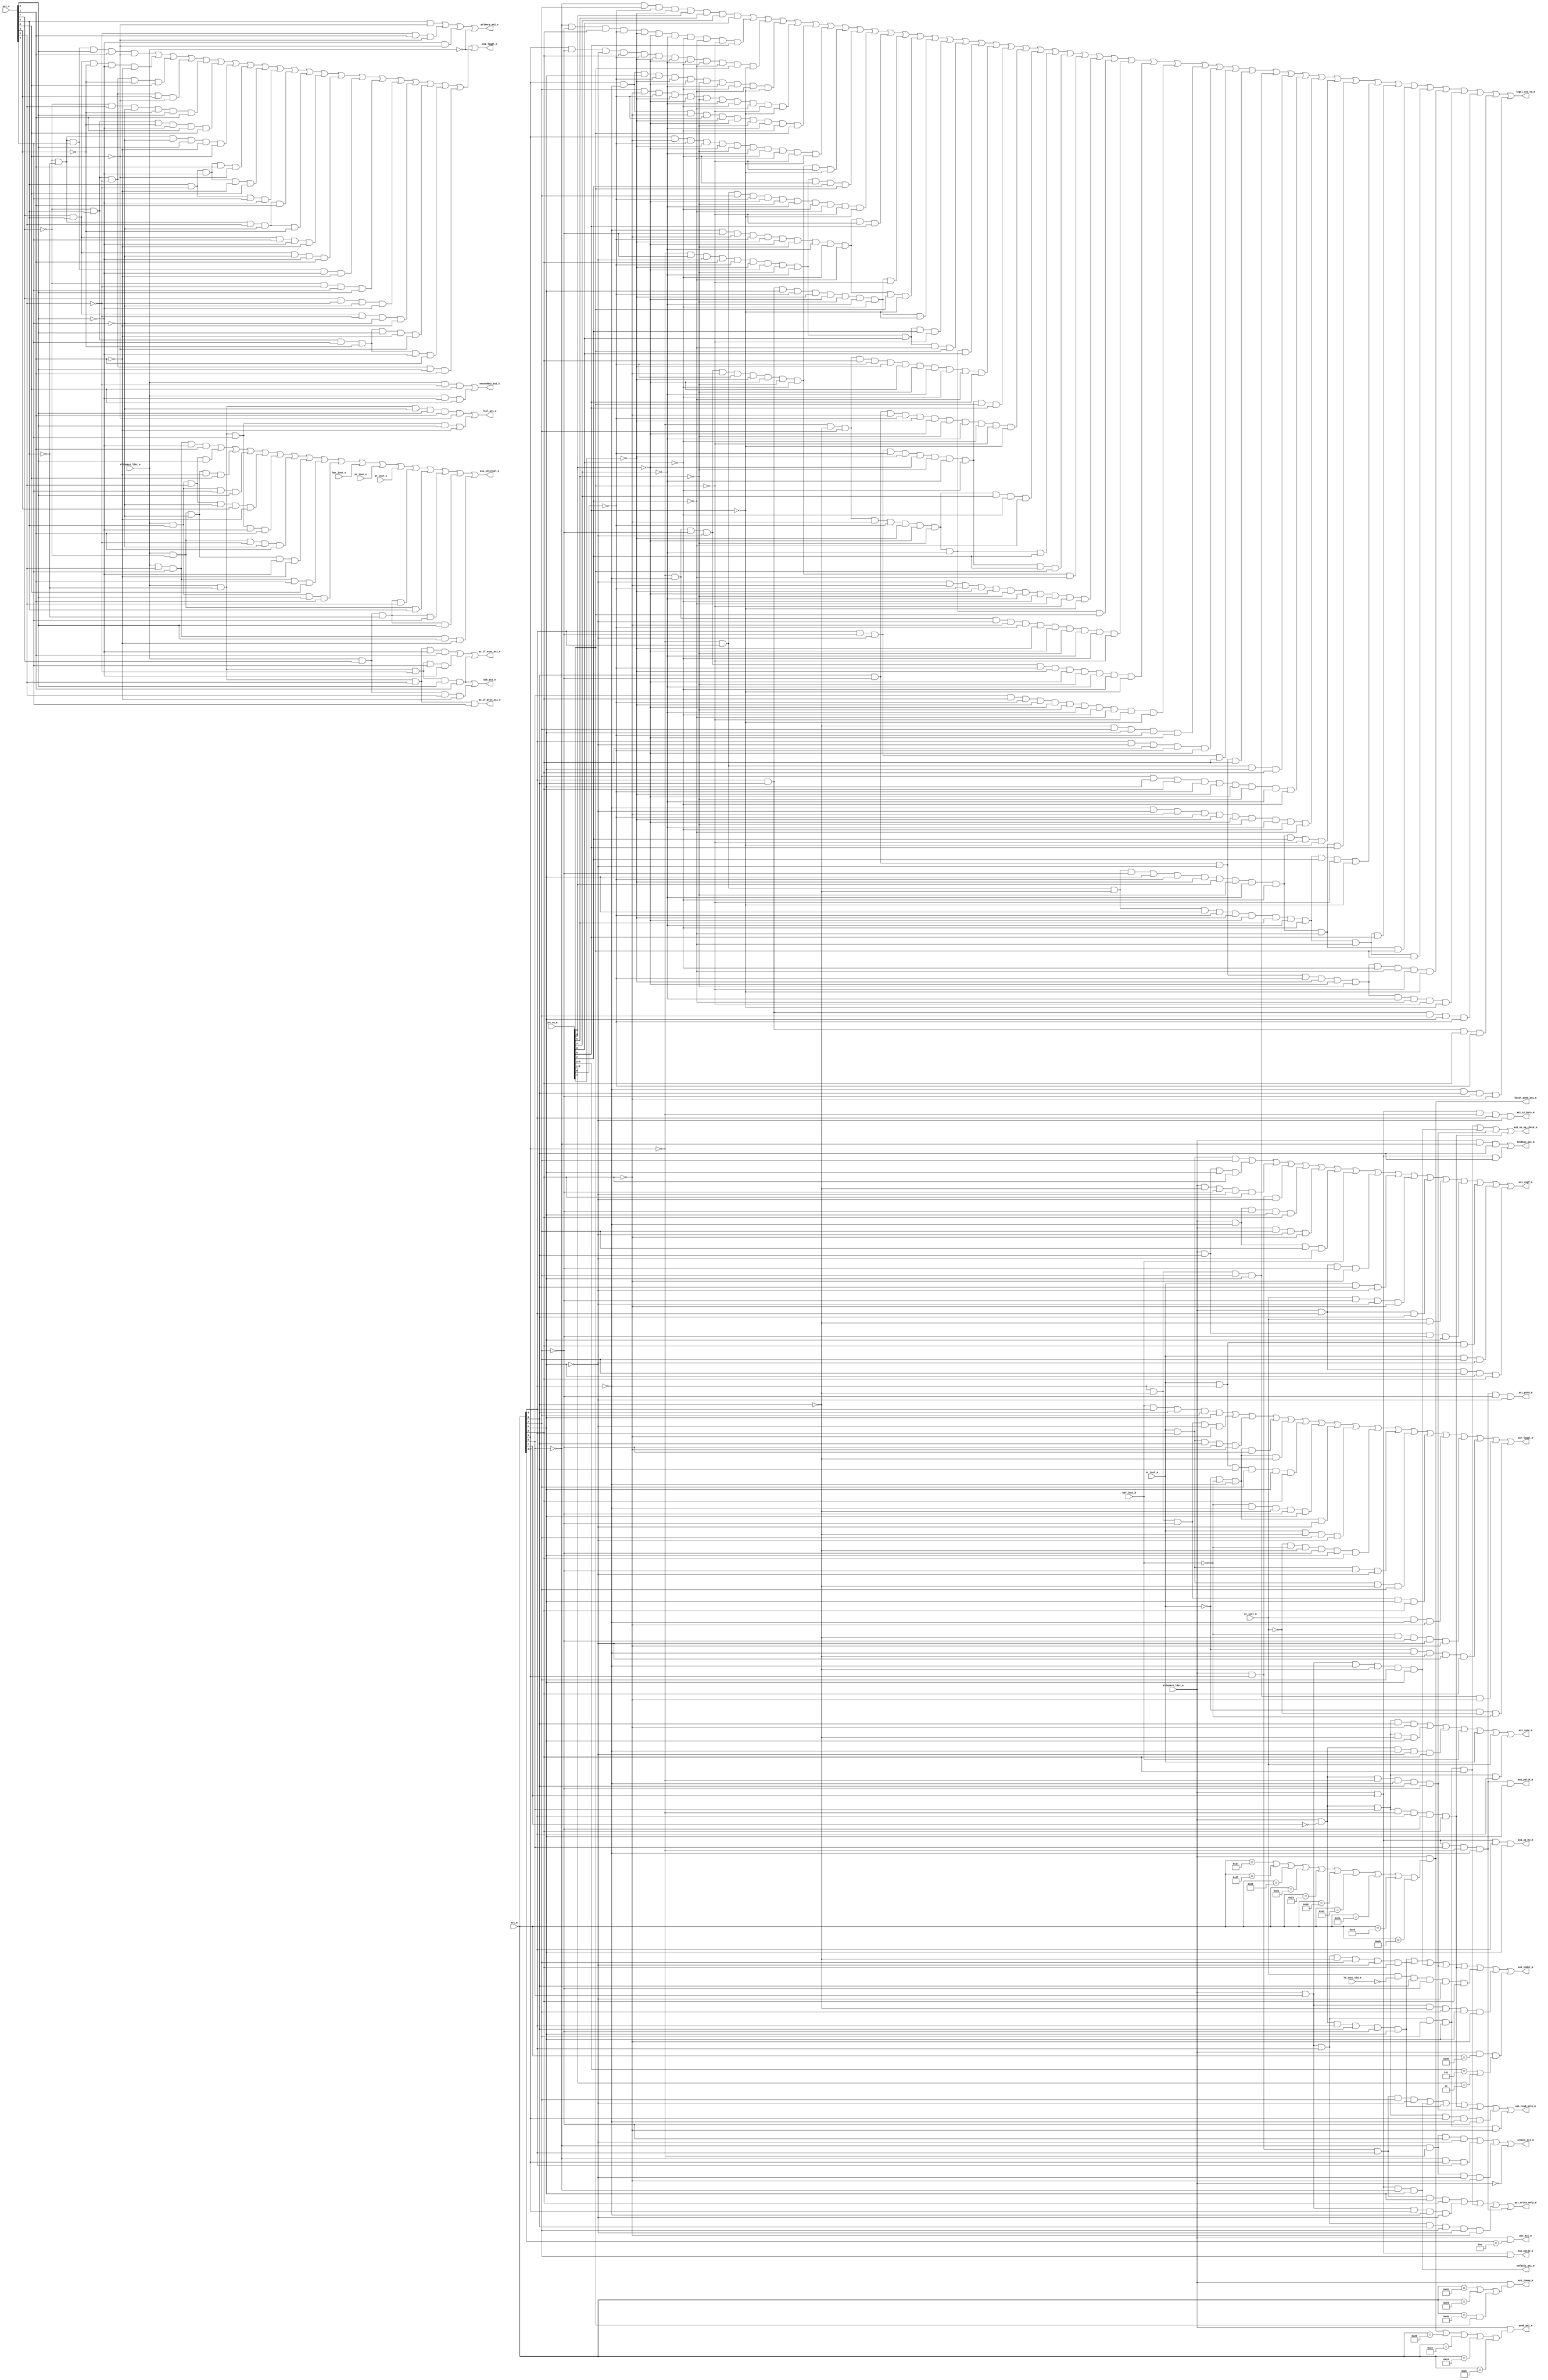
// ========== Copyright Header Begin ==========================================
// 
// OpenSPARC T2 Processor File: lsu_adc_ctl.v
// Copyright (C) 1995-2007 Sun Microsystems, Inc. All Rights Reserved
// 4150 Network Circle, Santa Clara, California 95054, U.S.A.
//
// * DO NOT ALTER OR REMOVE COPYRIGHT NOTICES OR THIS FILE HEADER. 
//
// This program is free software; you can redistribute it and/or modify
// it under the terms of the GNU General Public License as published by
// the Free Software Foundation; version 2 of the License.
//
// This program is distributed in the hope that it will be useful,
// but WITHOUT ANY WARRANTY; without even the implied warranty of
// MERCHANTABILITY or FITNESS FOR A PARTICULAR PURPOSE.  See the
// GNU General Public License for more details.
//
// You should have received a copy of the GNU General Public License
// along with this program; if not, write to the Free Software
// Foundation, Inc., 59 Temple Place, Suite 330, Boston, MA  02111-1307  USA
// 
// For the avoidance of doubt, and except that if any non-GPL license 
// choice is available it will apply instead, Sun elects to use only 
// the General Public License version 2 (GPLv2) at this time for any 
// software where a choice of GPL license versions is made 
// available with the language indicating that GPLv2 or any later version 
// may be used, or where a choice of which version of the GPL is applied is 
// otherwise unspecified. 
//
// Please contact Sun Microsystems, Inc., 4150 Network Circle, Santa Clara, 
// CA 95054 USA or visit www.sun.com if you need additional information or 
// have any questions. 
// 
// ========== Copyright Header End ============================================
module lsu_adc_ctl (
  asi_e, 
  asi_m, 
  lsu_va_m, 
  sr_inst_e, 
  pr_inst_e, 
  hpr_inst_e, 
  sr_inst_m, 
  pr_inst_m, 
  hpr_inst_m, 
  altspace_ldst_e, 
  altspace_ldst_m, 
  ld_inst_vld_m, 
  legal_asi_va_m, 
  asi_legal_e, 
  asr_legal_m, 
  asi_sync_m, 
  asi_internal_e, 
  asi_rngf_m, 
  asi_indet_m, 
  lendian_asi_m, 
  asi_sz_byte_m, 
  asi_sz_hw_m, 
  pst_asi_m, 
  asi_pst8_m, 
  asi_pst16_m, 
  asi_pst32_m, 
  asi_read_only_m, 
  asi_write_only_m, 
  quad_asi_m, 
  binit_quad_asi_m, 
  primary_asi_e, 
  secondary_asi_e, 
  real_asi_e, 
  as_if_user_asi_e, 
  as_if_priv_asi_e, 
  atomic_asi_m, 
  blk_asi_e, 
  nofault_asi_m, 
  asi_iomap_m, 
  asi_no_va_check_m);
wire indet_m;


input	[7:0]	asi_e;
input	[7:0]	asi_m;			// This version has SR/PR/HPR muxed in
input	[11:3]	lsu_va_m;
input		sr_inst_e;
input		pr_inst_e;
input		hpr_inst_e;
input		sr_inst_m;
input		pr_inst_m;
input		hpr_inst_m;
input		altspace_ldst_e;
input		altspace_ldst_m;
input		ld_inst_vld_m;

output		legal_asi_va_m;
output		asi_legal_e;
output		asr_legal_m;
output		asi_sync_m;
output		asi_internal_e ;
output		asi_rngf_m;
output		asi_indet_m;
output		lendian_asi_m;
output		asi_sz_byte_m;
output		asi_sz_hw_m;
output		pst_asi_m;
output		asi_pst8_m;
output		asi_pst16_m;
output		asi_pst32_m;
output		asi_read_only_m;
output		asi_write_only_m;
output		quad_asi_m ;
output		binit_quad_asi_m ;
output		primary_asi_e ;
output		secondary_asi_e ;
output		real_asi_e;
output		as_if_user_asi_e ;
output		as_if_priv_asi_e ;
output		atomic_asi_m ;
output		blk_asi_e ;
output		nofault_asi_m ;
output		asi_iomap_m ;
output		asi_no_va_check_m ;

// CMP registers that reside off-chip and require IO mapping
assign asi_iomap_m = altspace_ldst_m & (
			(asi_m[7:0] == 8'h41) | 		// CMP registers
			(asi_m[7:0] == 8'h73) |			// ASI_SWVR_UDB_INTR_W
			(asi_m[7:0] == 8'h45 & lsu_va_m[4])	// SOC debug registers
			);

// Quad (These are duplicated - they can be shared)
assign	binit_quad_asi_m = altspace_ldst_m & (
        (asi_m[7:0] == 8'h27) | // asi_nucleus_blk_init_st_quad_ldd
        (asi_m[7:0] == 8'h2F) | // asi_nucleus_blk_init_st_quad_ldd_little
	(asi_m[7:0] == 8'h22) |	// asi_as_if_user_primary_quad_ldd (blk-init)
	(asi_m[7:0] == 8'h2A) |	// asi_as_if_user_primary_quad_ldd_little (blk-init)
	(asi_m[7:0] == 8'h23) |	// asi_as_if_user_secondary_quad_ldd (blk-init)
	(asi_m[7:0] == 8'h2B) |	// asi_as_if_user_secondary_quad_ldd_little (blk-init)
	(asi_m[7:0] == 8'hE2) |	// asi_primary_quad_ldd (blk-init)
	(asi_m[7:0] == 8'hEA) |	// asi_primary_quad_ldd_little (blk-init)
	(asi_m[7:0] == 8'hE3) |	// asi_secondary_quad_ldd (blk-init)
	(asi_m[7:0] == 8'hEB) 	// asi_secondary_quad_ldd_little (blk-init)
       );

assign	quad_asi_m = altspace_ldst_m & (
	binit_quad_asi_m      | // blk-init quad asi
	(asi_m[7:0] == 8'h26) | // asi_quad_ldd_real
	(asi_m[7:0] == 8'h2E) | // asi_quad_ldd_real_little
	(asi_m[7:0] == 8'h24) | // asi_nucleus_quad_ldd 
	(asi_m[7:0] == 8'h2C)   // asi_nucleus_quad_ldd_little 
       );
	
// Legal ASI's
assign asi_legal_e = (!asi_e[7]&!asi_e[6]&asi_e[4]&asi_e[2]&asi_e[1]&!asi_e[0]) | (
    asi_e[7]&asi_e[6]&!asi_e[3]&!asi_e[2]&!asi_e[1]) | (!asi_e[7]
    &asi_e[6]&!asi_e[5]&!asi_e[3]&asi_e[0]) | (!asi_e[7]&asi_e[6]
    &!asi_e[5]&asi_e[3]&!asi_e[0]) | (!asi_e[7]&asi_e[5]&!asi_e[4]
    &!asi_e[3]&asi_e[2]&asi_e[1]) | (!asi_e[7]&asi_e[6]&!asi_e[3]
    &!asi_e[2]&asi_e[1]&asi_e[0]) | (!asi_e[7]&!asi_e[6]&!asi_e[4]
    &asi_e[2]&!asi_e[1]&!asi_e[0]) | (asi_e[6]&!asi_e[5]&!asi_e[2]
    &asi_e[1]&!asi_e[0]) | (asi_e[6]&!asi_e[5]&!asi_e[2]&!asi_e[1]
    &asi_e[0]) | (asi_e[6]&!asi_e[5]&asi_e[4]&!asi_e[2]) | (!asi_e[7]
    &!asi_e[6]&asi_e[5]&!asi_e[4]&asi_e[1]) | (!asi_e[7]&!asi_e[6]
    &asi_e[5]&!asi_e[4]&!asi_e[3]) | (asi_e[7]&asi_e[6]&asi_e[4]&!asi_e[2]
    &!asi_e[1]) | (asi_e[7]&asi_e[6]&!asi_e[4]&!asi_e[2]&asi_e[1]) | (
    !asi_e[7]&!asi_e[6]&asi_e[4]&!asi_e[2]&!asi_e[1]) | (!asi_e[7]
    &!asi_e[5]&asi_e[4]&asi_e[2]) | (asi_e[7]&!asi_e[5]&!asi_e[4]
    &!asi_e[2]) | (asi_e[7]&asi_e[6]&!asi_e[5]&!asi_e[4]&!asi_e[1]) | (
    !asi_e[7]&asi_e[6]&asi_e[4]&!asi_e[3]&asi_e[2]&!asi_e[1]&!asi_e[0]) | (
    !asi_e[7]&asi_e[6]&asi_e[4]&!asi_e[3]&!asi_e[2]&asi_e[1]) | (
    !asi_e[7]&asi_e[6]&!asi_e[5]&asi_e[2]&asi_e[1]) | (!altspace_ldst_e);


assign asr_legal_m = (hpr_inst_m&asi_m[4]&asi_m[3]&asi_m[2]&asi_m[1]) | (
    !asi_m[4]&!asi_m[3]&!asi_m[2]&!asi_m[1]&!asi_m[0]) | (sr_inst_m
    &asi_m[4]&asi_m[3]&!asi_m[2]&!asi_m[0]) | (!sr_inst_m&!hpr_inst_m
    &!asi_m[4]&!asi_m[2]) | (!sr_inst_m&!hpr_inst_m&!asi_m[4]&!asi_m[3]) | (
    sr_inst_m&!asi_m[4]&asi_m[3]&asi_m[2]&asi_m[1]&asi_m[0]) | (
    !hpr_inst_m&!asi_m[4]&!asi_m[3]&!asi_m[2]&asi_m[1]) | (!sr_inst_m
    &!hpr_inst_m&!asi_m[4]&!asi_m[1]) | (sr_inst_m&!asi_m[3]&asi_m[2]
    &!asi_m[1]) | (!pr_inst_m&!hpr_inst_m&!asi_m[3]&!asi_m[2]&asi_m[1]
    &asi_m[0]) | (sr_inst_m&asi_m[4]&!asi_m[2]&!asi_m[1]) | (sr_inst_m
    &asi_m[4]&!asi_m[3]&asi_m[2]) | (!asi_m[4]&!asi_m[3]&!asi_m[2]
    &asi_m[1]&asi_m[0]) | (pr_inst_m&!asi_m[4]&!asi_m[0]) | (!hpr_inst_m
    &!asi_m[3]&!asi_m[2]&!asi_m[1]&!asi_m[0]) | (!sr_inst_m&!asi_m[4]
    &!asi_m[3]&!asi_m[1]&asi_m[0]) | (!asi_m[4]&!asi_m[3]&asi_m[2]
    &asi_m[1]&!asi_m[0]) | (!sr_inst_m&!pr_inst_m&!hpr_inst_m);

// ASI Internal Registers 
assign asi_internal_e = (altspace_ldst_e&asi_e[5]&asi_e[4]&!asi_e[2]&asi_e[1]) | (
    altspace_ldst_e&asi_e[6]&asi_e[5]&asi_e[2]) | (altspace_ldst_e
    &!asi_e[7]&!asi_e[4]&!asi_e[1]&asi_e[0]) | (altspace_ldst_e&asi_e[6]
    &asi_e[4]&asi_e[2]) | (altspace_ldst_e&asi_e[6]&asi_e[5]&!asi_e[4]
    &asi_e[3]&!asi_e[1]) | (altspace_ldst_e&!asi_e[6]&asi_e[4]&!asi_e[2]
    &asi_e[1]) | (altspace_ldst_e&!asi_e[7]&!asi_e[5]&!asi_e[4]&asi_e[1]) | (
    altspace_ldst_e&!asi_e[7]&!asi_e[4]&!asi_e[2]&!asi_e[1]) | (
    altspace_ldst_e&asi_e[5]&asi_e[4]&asi_e[1]&asi_e[0]) | (
    altspace_ldst_e&asi_e[6]&asi_e[2]&asi_e[1]) | (hpr_inst_e) | (
    sr_inst_e) | (pr_inst_e) | (altspace_ldst_e&asi_e[7]&!asi_e[6]
    &asi_e[5]) | (altspace_ldst_e&!asi_e[7]&asi_e[6]) | (altspace_ldst_e
    &asi_e[7]&!asi_e[6]&asi_e[4]) | (altspace_ldst_e&asi_e[7]&!asi_e[6]
    &asi_e[2]) | (altspace_ldst_e&asi_e[5]&asi_e[4]&asi_e[2]&!asi_e[1]);


// Diferentiate between fast and slow ring.
assign asi_rngf_m = (sr_inst_m&asi_m[4]&asi_m[2]) | (altspace_ldst_m&asi_m[3]
    &asi_m[1]&asi_m[0]) | (altspace_ldst_m&!asi_m[3]&!asi_m[2]&!asi_m[1]
    &asi_m[0]) | (altspace_ldst_m&asi_m[5]&!asi_m[1]) | (altspace_ldst_m
    &!asi_m[4]&!asi_m[2]&asi_m[1]&asi_m[0]) | (altspace_ldst_m&asi_m[2]
    &!asi_m[1]&!asi_m[0]) | (altspace_ldst_m&!asi_m[4]&asi_m[2]&!asi_m[1]) | (
    hpr_inst_m) | (altspace_ldst_m&asi_m[4]&!asi_m[2]&!asi_m[0]) | (
    sr_inst_m&asi_m[3]&!asi_m[1]) | (pr_inst_m&!asi_m[2]&!asi_m[1]
    &!asi_m[0]) | (altspace_ldst_m&asi_m[4]&asi_m[3]) | (pr_inst_m
    &!asi_m[3]) | (altspace_ldst_m&asi_m[3]&!asi_m[2]&asi_m[1]) | (
    sr_inst_m&!asi_m[4]&asi_m[0]) | (sr_inst_m&asi_m[2]&!asi_m[1]) | (
    altspace_ldst_m&asi_m[4]&asi_m[2]&asi_m[1]&asi_m[0]);


assign indet_m = (altspace_ldst_m&!asi_m[7]&asi_m[4]&asi_m[3]&!asi_m[2]
    &asi_m[1]) | (altspace_ldst_m&asi_m[6]&asi_m[4]&!asi_m[3]&asi_m[2]
    &!asi_m[1]&asi_m[0]) | (altspace_ldst_m&asi_m[6]&!asi_m[4]&!asi_m[3]
    &asi_m[2]&asi_m[1]) | (altspace_ldst_m&!asi_m[7]&!asi_m[5]&!asi_m[4]
    &asi_m[3]&!asi_m[2]) | (altspace_ldst_m&!asi_m[7]&asi_m[6]&!asi_m[5]
    &asi_m[4]&!asi_m[2]&asi_m[0]) | (pr_inst_m&~ld_inst_vld_m&asi_m[3]&!asi_m[2]
    &!asi_m[1]&asi_m[0]) | (altspace_ldst_m&asi_m[6]&!asi_m[3]&asi_m[2]
    &asi_m[1]&!asi_m[0]);

// ASI=0x40 / VA=0x30 and 0xA0 needs to be indeterminate as well
assign asi_indet_m = indet_m | (altspace_ldst_m & (asi_m[7:0] == 8'h40) &
                               ((lsu_va_m[7:5] == 3'b101) | (lsu_va_m[5:4] == 2'b11)));

// ASIs which sync on writes
assign asi_sync_m = (altspace_ldst_m&!asi_m[7]&asi_m[6]&asi_m[3]&!asi_m[0]) | (
    altspace_ldst_m&!asi_m[7]&asi_m[6]&!asi_m[3]&asi_m[1]) | (
    altspace_ldst_m&!asi_m[7]&!asi_m[4]&!asi_m[1]&asi_m[0]) | (
    hpr_inst_m) | (sr_inst_m) | (pr_inst_m) | (altspace_ldst_m&!asi_m[7]
    &asi_m[6]&asi_m[4]);

// Little Endian
assign lendian_asi_m = (altspace_ldst_m&!asi_m[6]&asi_m[3]) | (altspace_ldst_m
    &asi_m[7]&asi_m[3]);

// Size overrides for partial and short store ASIs
assign asi_sz_byte_m = (altspace_ldst_m&asi_m[7]&!asi_m[5]&asi_m[4]&!asi_m[1]);

assign asi_sz_hw_m = (altspace_ldst_m&asi_m[7]&asi_m[4]&asi_m[1]);

// Partial Store ASIs
assign pst_asi_m = altspace_ldst_m & (asi_m[7:4] == 4'hc);

assign asi_pst8_m = (altspace_ldst_m&asi_m[7]&asi_m[6]&!asi_m[5]&!asi_m[4]
    &!asi_m[2]&!asi_m[1]);
assign asi_pst16_m = (altspace_ldst_m&asi_m[7]&asi_m[6]&!asi_m[5]&!asi_m[4]
    &asi_m[1]);
assign asi_pst32_m = (altspace_ldst_m&asi_m[7]&asi_m[2]);

// Block ASI's
assign blk_asi_e = (altspace_ldst_e&!asi_e[6]&!asi_e[5]&asi_e[2]&asi_e[1]) | (
    altspace_ldst_e&asi_e[7]&asi_e[5]&!asi_e[1]);

// Atomic asi
assign atomic_asi_m = (!asi_m[6]&!asi_m[5]&!asi_m[2]&!asi_m[1]) | (!asi_m[6]
    &asi_m[5]&asi_m[4]) | (!asi_m[6]&!asi_m[5]&!asi_m[1]&!asi_m[0]) | (
    !altspace_ldst_m);

// Context selection
assign primary_asi_e = (asi_e[6]&!asi_e[0]) | (!asi_e[5]&asi_e[1]&!asi_e[0]) | (
    !asi_e[2]&!asi_e[0]) | (!altspace_ldst_e);

assign secondary_asi_e = (altspace_ldst_e&!asi_e[5]&asi_e[0]) | (
    altspace_ldst_e&!asi_e[2]&asi_e[0]);

assign real_asi_e = (altspace_ldst_e&!asi_e[6]&!asi_e[4]&asi_e[2]&asi_e[1]
    &!asi_e[0]) | (altspace_ldst_e&!asi_e[6]&asi_e[4]&asi_e[2]&!asi_e[1]);

assign as_if_user_asi_e = (altspace_ldst_e&!asi_e[6]&asi_e[5]&!asi_e[2]&asi_e[1]) | (
    altspace_ldst_e&!asi_e[6]&!asi_e[5]&asi_e[4]&!asi_e[2]) | (
    altspace_ldst_e&!asi_e[6]&!asi_e[5]&asi_e[2]&asi_e[1]);

assign as_if_priv_asi_e = (altspace_ldst_e&!asi_e[6]&asi_e[5]&asi_e[4]);

// No Fault
assign	nofault_asi_m = (altspace_ldst_m&asi_m[7]&!asi_m[6]&asi_m[1]);

// Read and write only ASI's
assign asi_read_only_m = (altspace_ldst_m&asi_m[5]&asi_m[4]&asi_m[2]&!asi_m[1]) | (
    altspace_ldst_m&asi_m[7]&!asi_m[6]&asi_m[1]) | (altspace_ldst_m
    &!asi_m[7]&asi_m[4]&asi_m[3]&!asi_m[2]&asi_m[1]) | (altspace_ldst_m
    &!asi_m[7]&asi_m[6]&!asi_m[5]&asi_m[4]&!asi_m[2]&asi_m[0]) | (
    altspace_ldst_m&!asi_m[7]&!asi_m[5]&!asi_m[4]&asi_m[3]&!asi_m[2]) | (
    altspace_ldst_m&!asi_m[7]&asi_m[6]&asi_m[5]&!asi_m[4]&!asi_m[2]) | (
    altspace_ldst_m&asi_m[6]&asi_m[4]&asi_m[2]&asi_m[1]&!asi_m[0]);

assign asi_write_only_m = (altspace_ldst_m&asi_m[5]&asi_m[4]&asi_m[1]&asi_m[0]) | (
    altspace_ldst_m&asi_m[6]&asi_m[5]&!asi_m[4]&!asi_m[1]) | (
    altspace_ldst_m&asi_m[6]&asi_m[4]&asi_m[2]&asi_m[1]&asi_m[0]) | (
    altspace_ldst_m&asi_m[6]&asi_m[4]&asi_m[3]&asi_m[2]&!asi_m[1]
    &!asi_m[0]) | (altspace_ldst_m&asi_m[7]&asi_m[6]&!asi_m[5]&!asi_m[4]);


// ASI's which do not require VA checking
assign asi_no_va_check_m = (altspace_ldst_m&asi_m[6]&asi_m[4]&asi_m[2]&asi_m[1]
    &asi_m[0]) | (altspace_ldst_m&asi_m[6]&!asi_m[4]&!asi_m[3]&asi_m[2]
    &asi_m[1]) | (altspace_ldst_m&!asi_m[7]&!asi_m[5]&!asi_m[4]&asi_m[3]
    &!asi_m[2]) | (altspace_ldst_m&!asi_m[7]&asi_m[6]&!asi_m[5]&asi_m[4]
    &!asi_m[2]&asi_m[0]);

// Valid ASI/VA combinations
assign legal_asi_va_m = (!asi_m[6]&asi_m[2]&!lsu_va_m[11]&!lsu_va_m[10]
    &lsu_va_m[9]&lsu_va_m[8]&lsu_va_m[7]&lsu_va_m[6]) | (!asi_m[6]
    &!asi_m[2]&asi_m[0]&!lsu_va_m[11]&!lsu_va_m[10]&!lsu_va_m[9]
    &!lsu_va_m[7]&!lsu_va_m[6]&!lsu_va_m[5]&!lsu_va_m[4]&lsu_va_m[3]) | (
    asi_m[5]&!asi_m[2]&!asi_m[1]&asi_m[0]&!lsu_va_m[11]&!lsu_va_m[10]
    &!lsu_va_m[9]&!lsu_va_m[7]&!lsu_va_m[6]&!lsu_va_m[5]&lsu_va_m[4]
    &!lsu_va_m[3]) | (asi_m[5]&!asi_m[4]&asi_m[1]&!lsu_va_m[11]
    &!lsu_va_m[10]&!lsu_va_m[9]&!lsu_va_m[8]&!lsu_va_m[7]&!lsu_va_m[6]
    &!lsu_va_m[5]&!lsu_va_m[3]) | (asi_m[2]&!asi_m[0]&!lsu_va_m[11]
    &!lsu_va_m[10]&!lsu_va_m[9]&!lsu_va_m[8]&!lsu_va_m[7]&!lsu_va_m[6]
    &!lsu_va_m[5]&!lsu_va_m[4]&!lsu_va_m[3]) | (asi_m[5]&!asi_m[4]
    &!asi_m[0]&!lsu_va_m[11]&!lsu_va_m[10]&!lsu_va_m[9]&!lsu_va_m[8]
    &!lsu_va_m[7]&!lsu_va_m[6]&lsu_va_m[4]) | (asi_m[5]&!asi_m[0]
    &!lsu_va_m[11]&!lsu_va_m[10]&!lsu_va_m[9]&!lsu_va_m[8]&!lsu_va_m[7]
    &!lsu_va_m[6]&!lsu_va_m[5]&!lsu_va_m[4]&!lsu_va_m[3]) | (!asi_m[5]
    &!asi_m[4]&!asi_m[2]&!asi_m[1]&!asi_m[0]&!lsu_va_m[11]&!lsu_va_m[10]
    &!lsu_va_m[9]&!lsu_va_m[8]&!lsu_va_m[6]&!lsu_va_m[4]&!lsu_va_m[3]) | (
    !asi_m[5]&!asi_m[2]&!asi_m[1]&asi_m[0]&!lsu_va_m[11]&!lsu_va_m[10]
    &!lsu_va_m[9]&!lsu_va_m[8]&!lsu_va_m[7]&!lsu_va_m[6]&lsu_va_m[5]
    &lsu_va_m[4]) | (!asi_m[5]&asi_m[4]&asi_m[2]&!lsu_va_m[11]
    &!lsu_va_m[9]&!lsu_va_m[8]&!lsu_va_m[7]&!lsu_va_m[6]&!lsu_va_m[5]
    &!lsu_va_m[4]&!lsu_va_m[3]) | (!asi_m[4]&!asi_m[2]&!asi_m[0]
    &!lsu_va_m[11]&!lsu_va_m[10]&!lsu_va_m[9]&!lsu_va_m[8]&!lsu_va_m[7]
    &!lsu_va_m[6]&!lsu_va_m[5]&!lsu_va_m[4]&lsu_va_m[3]) | (asi_m[4]
    &asi_m[3]&asi_m[1]&!lsu_va_m[11]&!lsu_va_m[10]&!lsu_va_m[9]
    &!lsu_va_m[8]&!lsu_va_m[7]&!lsu_va_m[6]&!lsu_va_m[4]) | (!asi_m[4]
    &!asi_m[2]&!asi_m[0]&!lsu_va_m[11]&!lsu_va_m[10]&!lsu_va_m[9]
    &!lsu_va_m[8]&!lsu_va_m[7]&!lsu_va_m[6]&!lsu_va_m[5]&lsu_va_m[4]
    &!lsu_va_m[3]) | (asi_m[4]&asi_m[3]&asi_m[1]&!lsu_va_m[11]
    &!lsu_va_m[10]&!lsu_va_m[9]&!lsu_va_m[8]&!lsu_va_m[7]&!lsu_va_m[6]
    &!lsu_va_m[3]) | (!asi_m[5]&!asi_m[2]&!asi_m[1]&asi_m[0]&!lsu_va_m[11]
    &!lsu_va_m[10]&!lsu_va_m[9]&!lsu_va_m[8]&!lsu_va_m[7]&lsu_va_m[6]
    &lsu_va_m[5]&!lsu_va_m[4]) | (!asi_m[5]&!asi_m[2]&!asi_m[1]&asi_m[0]
    &!lsu_va_m[11]&!lsu_va_m[10]&!lsu_va_m[9]&!lsu_va_m[8]&!lsu_va_m[7]
    &lsu_va_m[6]&!lsu_va_m[5]&lsu_va_m[4]) | (!asi_m[5]&!asi_m[3]
    &asi_m[2]&!asi_m[0]&!lsu_va_m[11]&!lsu_va_m[10]&!lsu_va_m[9]
    &!lsu_va_m[8]&!lsu_va_m[7]&lsu_va_m[6]) | (!asi_m[5]&!asi_m[3]
    &asi_m[2]&asi_m[0]&!lsu_va_m[11]&!lsu_va_m[10]&!lsu_va_m[9]
    &!lsu_va_m[8]&!lsu_va_m[7]&!lsu_va_m[6]&!lsu_va_m[5]&lsu_va_m[3]) | (
    asi_m[4]&!asi_m[2]&!asi_m[1]&!lsu_va_m[11]&!lsu_va_m[10]&!lsu_va_m[9]
    &!lsu_va_m[8]&!lsu_va_m[7]&!lsu_va_m[6]&lsu_va_m[4]&lsu_va_m[3]) | (
    asi_m[3]&!asi_m[2]&!asi_m[0]&!lsu_va_m[11]&!lsu_va_m[10]&!lsu_va_m[9]
    &!lsu_va_m[8]&!lsu_va_m[7]&!lsu_va_m[6]&!lsu_va_m[4]&!lsu_va_m[3]) | (
    !asi_m[5]&!asi_m[3]&asi_m[2]&!asi_m[0]&!lsu_va_m[11]&!lsu_va_m[10]
    &!lsu_va_m[9]&!lsu_va_m[8]&lsu_va_m[7]&!lsu_va_m[6]&!lsu_va_m[5]) | (
    !asi_m[5]&!asi_m[3]&asi_m[2]&!asi_m[0]&!lsu_va_m[11]&!lsu_va_m[10]
    &!lsu_va_m[9]&!lsu_va_m[8]&!lsu_va_m[7]&lsu_va_m[5]) | (asi_m[4]
    &!asi_m[2]&!asi_m[1]&!lsu_va_m[11]&!lsu_va_m[10]&!lsu_va_m[9]
    &!lsu_va_m[8]&!lsu_va_m[7]&!lsu_va_m[6]&lsu_va_m[5]&lsu_va_m[4]) | (
    !asi_m[5]&!asi_m[4]&!asi_m[2]&!asi_m[1]&!asi_m[0]&!lsu_va_m[11]
    &!lsu_va_m[10]&!lsu_va_m[9]&!lsu_va_m[8]&!lsu_va_m[6]&!lsu_va_m[5]) | (
    !asi_m[1]&!asi_m[0]&!lsu_va_m[11]&!lsu_va_m[10]&!lsu_va_m[9]
    &!lsu_va_m[8]&!lsu_va_m[7]&!lsu_va_m[6]&!lsu_va_m[5]&!lsu_va_m[4]
    &!lsu_va_m[3]) | (!asi_m[5]&!asi_m[3]&asi_m[2]&!asi_m[0]&!lsu_va_m[11]
    &!lsu_va_m[10]&!lsu_va_m[9]&!lsu_va_m[8]&!lsu_va_m[7]&lsu_va_m[4]) | (
    !asi_m[5]&!asi_m[4]&!asi_m[1]&!asi_m[0]&!lsu_va_m[11]&!lsu_va_m[10]
    &!lsu_va_m[9]&!lsu_va_m[8]&!lsu_va_m[7]&!lsu_va_m[6]&!lsu_va_m[4]) | (
    !asi_m[5]&!asi_m[4]&!asi_m[2]&!asi_m[1]&!lsu_va_m[11]&!lsu_va_m[10]
    &!lsu_va_m[9]&!lsu_va_m[8]&!lsu_va_m[7]&!lsu_va_m[6]&!lsu_va_m[3]) | (
    asi_m[6]&asi_m[0]&!lsu_va_m[11]&!lsu_va_m[10]&!lsu_va_m[9]
    &!lsu_va_m[8]&!lsu_va_m[7]&!lsu_va_m[6]&!lsu_va_m[5]&!lsu_va_m[4]
    &!lsu_va_m[3]) | (!asi_m[3]&asi_m[2]&asi_m[1]&!lsu_va_m[11]
    &!lsu_va_m[9]) | (asi_m[4]&!asi_m[1]&asi_m[0]&!lsu_va_m[11]
    &!lsu_va_m[9]) | (asi_m[4]&!asi_m[2]&!asi_m[1]&asi_m[0]) | (asi_m[3]
    &!asi_m[2]&!asi_m[1]&asi_m[0]) | (!asi_m[4]&!asi_m[3]&asi_m[2]
    &asi_m[1]) | (!asi_m[5]&asi_m[4]&asi_m[1]&asi_m[0]) | (asi_m[2]
    &asi_m[1]&asi_m[0]&!lsu_va_m[11]&!lsu_va_m[10]&!lsu_va_m[9]
    &!lsu_va_m[8]&!lsu_va_m[7]&!lsu_va_m[6]) | (!asi_m[4]&!asi_m[1]
    &!asi_m[0]&!lsu_va_m[11]&!lsu_va_m[10]&!lsu_va_m[9]&!lsu_va_m[8]
    &!lsu_va_m[7]&!lsu_va_m[6]&!lsu_va_m[5]) | (!asi_m[5]&asi_m[4]
    &!asi_m[3]&!asi_m[2]&asi_m[1]&!lsu_va_m[11]&!lsu_va_m[10]&lsu_va_m[9]
    &!lsu_va_m[8]&!lsu_va_m[7]&!lsu_va_m[6]&lsu_va_m[5]&!lsu_va_m[4]
    &!lsu_va_m[3]) | (!asi_m[5]&asi_m[4]&!asi_m[3]&!asi_m[2]&asi_m[1]
    &!lsu_va_m[11]&!lsu_va_m[10]&lsu_va_m[9]&!lsu_va_m[8]&!lsu_va_m[7]
    &!lsu_va_m[6]&!lsu_va_m[5]&lsu_va_m[3]) | (!asi_m[5]&asi_m[4]
    &!asi_m[3]&asi_m[1]&!lsu_va_m[11]&!lsu_va_m[10]&!lsu_va_m[9]
    &lsu_va_m[8]&!lsu_va_m[7]&!lsu_va_m[6]&lsu_va_m[5]&!lsu_va_m[4]
    &!lsu_va_m[3]) | (!asi_m[5]&asi_m[4]&!asi_m[3]&asi_m[1]&!lsu_va_m[11]
    &!lsu_va_m[10]&!lsu_va_m[9]&lsu_va_m[8]&!lsu_va_m[7]&!lsu_va_m[6]
    &!lsu_va_m[5]&lsu_va_m[3]) | (!asi_m[5]&asi_m[4]&!asi_m[3]&!asi_m[2]
    &asi_m[1]&!lsu_va_m[11]&!lsu_va_m[10]&lsu_va_m[9]&!lsu_va_m[8]
    &!lsu_va_m[7]&!lsu_va_m[6]&!lsu_va_m[5]&lsu_va_m[4]) | (!asi_m[5]
    &asi_m[4]&!asi_m[3]&asi_m[1]&!lsu_va_m[11]&!lsu_va_m[10]&!lsu_va_m[9]
    &lsu_va_m[8]&!lsu_va_m[7]&!lsu_va_m[6]&!lsu_va_m[5]&lsu_va_m[4]) | (
    asi_m[3]&!asi_m[2]&!asi_m[1]&!lsu_va_m[11]&!lsu_va_m[10]&!lsu_va_m[9]
    &!lsu_va_m[8]&!lsu_va_m[6]&!lsu_va_m[5]&!lsu_va_m[4]&!lsu_va_m[3]) | (
    asi_m[3]&!asi_m[2]&!asi_m[1]&!lsu_va_m[11]&!lsu_va_m[10]&!lsu_va_m[9]
    &!lsu_va_m[8]&!lsu_va_m[7]&!lsu_va_m[5]&!lsu_va_m[4]&!lsu_va_m[3]) | (
    asi_m[4]&asi_m[3]&asi_m[2]&asi_m[1]&!lsu_va_m[11]) | (asi_m[4]
    &asi_m[3]&asi_m[0]&!lsu_va_m[11]) | (!asi_m[4]&asi_m[3]&!asi_m[2]
    &!asi_m[0]);


supply0 vss;
supply1 vdd;
endmodule